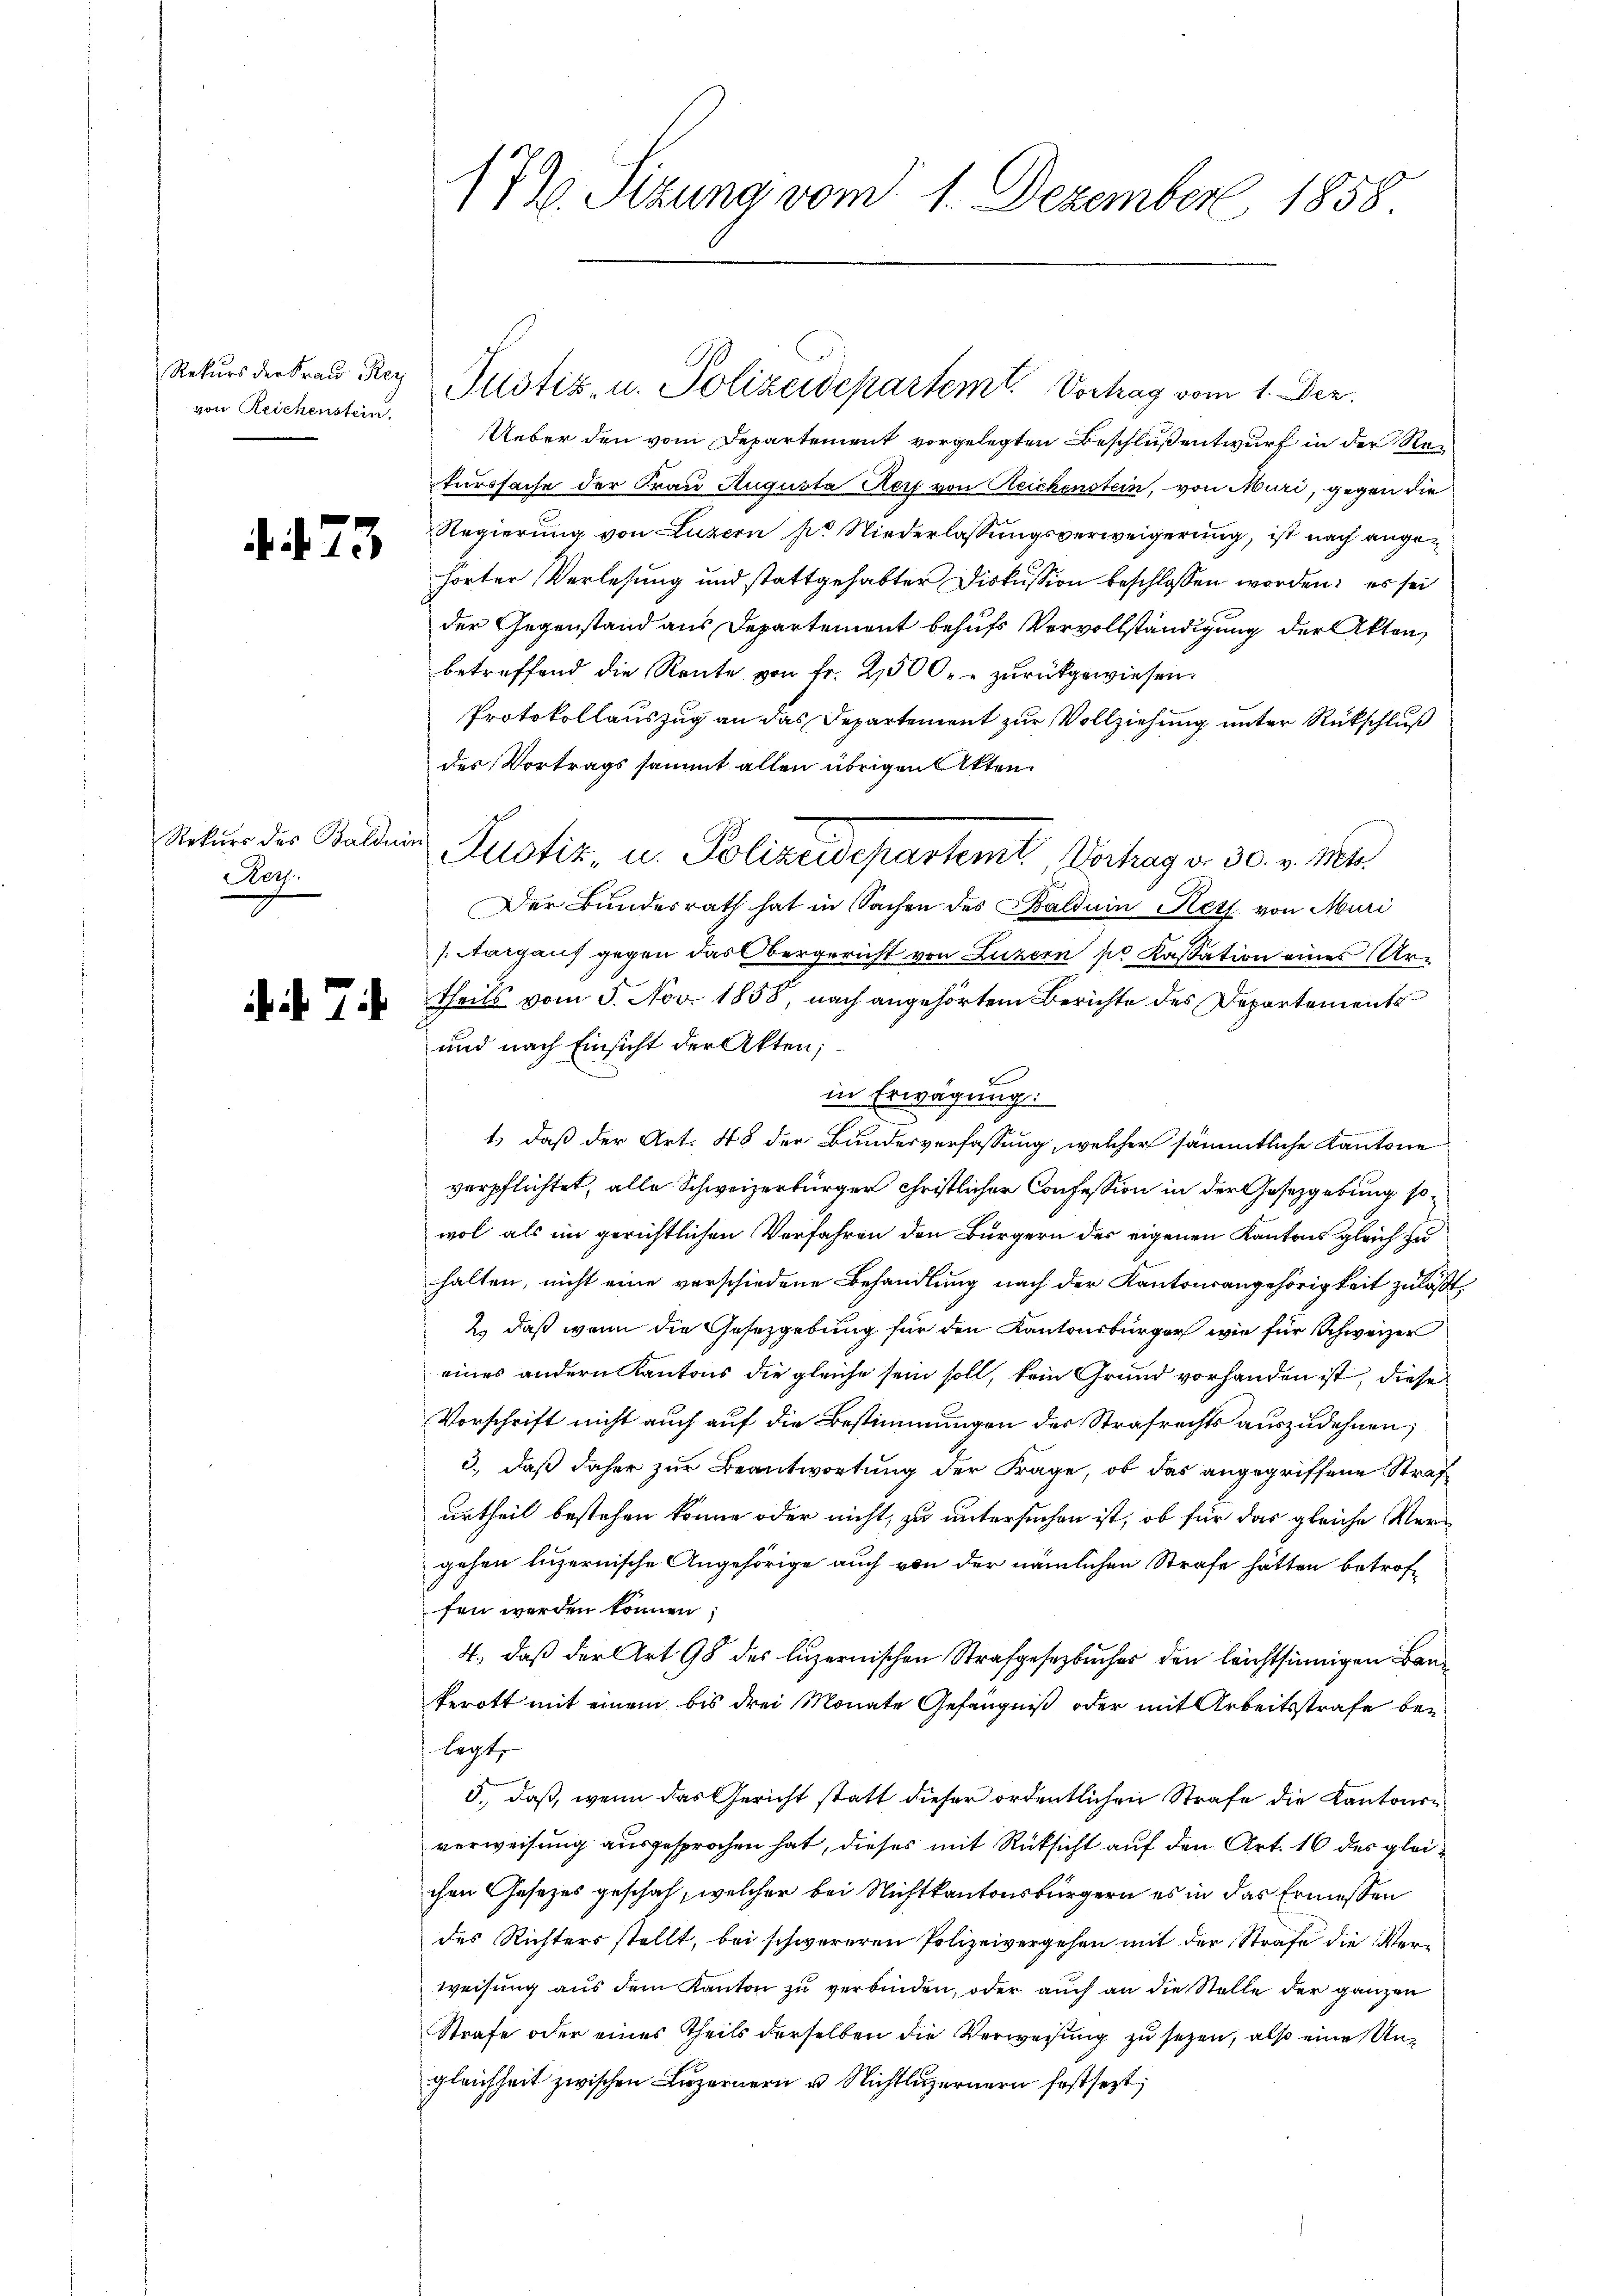
Rekurs der Frau Rey
von Reichenstein.

4. 473

Rekurs des Baldui
Reg.

if. 7

179 Sizung vom 1. Dezember 1858.

Ueber den vom Departement vorgelegten Beschluß entwurf in der Returssache der Frau Augusta Aer von Reichenstein, von Muri, gegen die
Regierung von Luzern pr. Niederlassungsverweigerung, ist nach angehörter Verlesung und stattgehabter Diskussion beschlossen worden; es sei
der Gegenstand aus Departement behufs Vervollständigung der Akten,
betreffend die Rente von fr. 2500. zŭrückgewiesen.
Protokollauszug an das Departement zur Vollziehung unter Rückschluß
des Vortrags sammt allen übrigen Akten.
Der Bundesrath hat in Sachen des Balduin Netz von Muri
(Aargauf gegen das Obergericht von Luzern so Kassation eines Urtheils vom 5. Nov. 1858, nach angehörtem Berichte des Departements
und nach Einsicht der Akten;
t
in Erwägung:
d
1.) daß der Art. 48 der Bundesverfassung, welcher sämmtliche Kantone
verpflichtet, alle Schweizerbürger christlicher Confession in der Gesetzgebung sowol als im gerichtlichen Verfahren den Bürgern des eigenen Kantons gleich zu
halten, nicht eine verschiedene Behandlung nach der Kantonsangehörigkeit zuläßt,
2) daß wenn die Gesetzgebung für den Kantonsbürger wie für Schweizer
eines andern Kantons die gleiche sein soll, kein Grund vorhanden ist, diese
Vorschrift nicht auch auf die Bestimmungen der Strafrechts auszudehnen;
3., daß daher zur Beantwortung der Frage, ob das angegriffene Straf
urtheil bestehen könne oder nicht, zu untersuchen ist, ob für das gleiche Vergehen luzernische Angehörige auch von der nämlichen Strafe hätten betroffen werden können;
4., daß der Art. 98 des luzernischen Strafgesetzbuches den leichtsinnigen Bauterott mit einem bis drei Monate Gefängniß oder mit Arbeitsstrafe be¬
. legt,
5., daß, wenn das Gericht statt dieser ordentlichen Strafe die Kantonsverweisung ausgesprochen hat, dieses mit Rücksicht auf den Art. 16 des gleichen Gesetzes geschah, welcher bei Nichtkantonsbürgern es in das Ermessen
des Richters stellt, bei schwereren Polizeivergehen mit der Strafe die Verweisung aus dem Kanton zu verbinden, oder auch an die Stelle der ganzen
Strafe oder eines Theils derselben die Verwesung zu sezen, also eine Ungleichheit zwischen Luzernern u. Nichtluzernern festsezt,

Justiz- u. Polizeidepartemt. Vortrag vom 1. Dez.

Justiz, u. Polizeidepartemt. Vortrag v. 30. v. Mts.